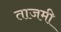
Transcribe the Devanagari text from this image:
ताजमी